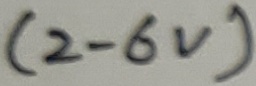
Text: (2-6V)